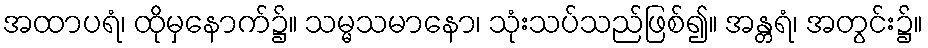
အထာပရံ၊ ထိုမှနောက်၌။ သမ္မသမာနော၊ သုံးသပ်သည်ဖြစ်၍။ အန္တရံ၊ အတွင်း၌။